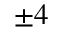
\pm 4